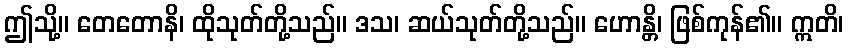
ဤသို့။ တေတောနိ၊ ထိုသုတ်တို့သည်။ ဒသ၊ ဆယ်သုတ်တို့သည်။ ဟောန္တိ၊ ဖြစ်ကုန်၏။ ဣတိ၊